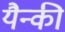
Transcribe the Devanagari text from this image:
यैन्की